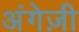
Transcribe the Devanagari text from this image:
अंगेज़ी